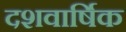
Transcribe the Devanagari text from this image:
दशवार्षिक